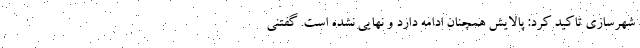
شهرسازی تاکید کرد: پالایش همچنان ادامه دارد و نهایی نشده است. گفتنی